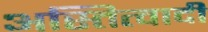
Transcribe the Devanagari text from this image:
अस्तित्वादी